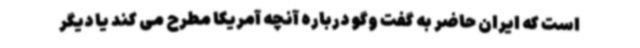
است که ایران حاضر به گفت وگو درباره آنچه آمریکا مطرح می کند یا دیگر